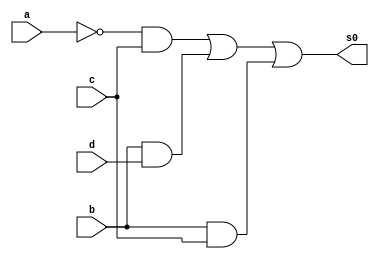
// ---------------------
// 1) a'c'd + a'c + bd + bc
//2) b'c'd' + acd + abd + a'd' + c'd'
//3) a'c'd' + a'b'e + a'ce + ab'c'd + ab'c + acd' + ace

// Nome: Larissa Fernandes Leijoto
// ---------------------

// ---------------------
// --exercicio01
// ---------------------

  module saidas0(s0,a,b,c,d);
	input a, b,c,d;
	output s0;
	
	
	
	and AND1(temp1,~a,~c,d);
	and AND2(temp3,~a,c);
	and AND3(temp4,b,d);
	and AND4(temp6,b,c);
	or OR1 (s0,temp3,temp4,temp6);

	
   endmodule

    module Teste;

	reg a,b,c,d;
	wire s0;

	saidas0 Teste (s0,a,b,c,d);

	initial begin
		 a=0; b=0; c=0; d=0;
	end

	initial begin

		#1 $display (" Larissa Fernandes Leijoto - 410476 ");
		#1 $display (" a | b | c | d | s0 ");
		$monitor   (" %b | %b | %b | %b |  %b ", a,b,c,d,s0);
		   
    #1  a=0; b=0; c=0; d=1;
    #1  a=0; b=0; c=1; d=0; 
    #1  a=0; b=0; c=1; d=1; 
    #1  a=0; b=1; c=0; d=0; 
    #1  a=0; b=1; c=0; d=1; 
    #1  a=0; b=1; c=1; d=0; 
    #1  a=0; b=1; c=1; d=1; 
    #1  a=1; b=0; c=0; d=0; 
    #1  a=1; b=0; c=0; d=1;
    #1  a=1; b=0; c=1; d=0;
    #1  a=1; b=0; c=1; d=1;
    #1  a=1; b=1; c=0; d=0;
    #1  a=1; b=1; c=0; d=1;
    #1  a=1; b=1; c=1; d=0;
    #1  a=1; b=1; c=1; d=1; 
   



	end	
     endmodule